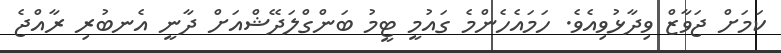
ކަމަށް ޖަވާޒް ވިދާޅުވިއެވެ. ހަމައެހެންމެ ގައުމީ ޓީމު ބަންގްލަދޭޝްއަށް ދާނީ އެނބުރި ރާއްޖެ